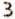
3